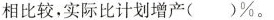
相比较，实际比计划增产()%。